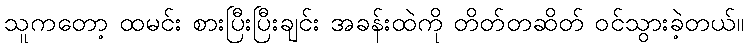
သူကတော့ ထမင်း စားပြီးပြီးချင်း အခန်းထဲကို တိတ်တဆိတ် ဝင်သွားခဲ့တယ်။